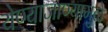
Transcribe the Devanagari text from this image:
येण्याजाण्यामुळे